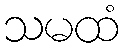
သမထံ